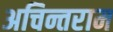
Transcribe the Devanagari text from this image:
अचिन्तराम